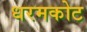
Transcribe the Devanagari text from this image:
धरमकोट